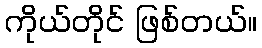
ကိုယ်တိုင် ဖြစ်တယ်။